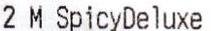
2 M SPICYDELUXE